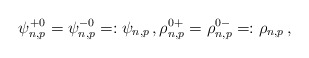
\begin{align*} \psi^{+0}_{n,p}= \psi^{-0}_{n,p}=: \psi_{n,p}\,,\rho^{0+}_{n,p}= \rho^{0-}_{n,p}=: \rho_{n,p}\,,\end{align*}